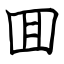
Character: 囬